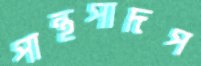
পান্থপাদপ